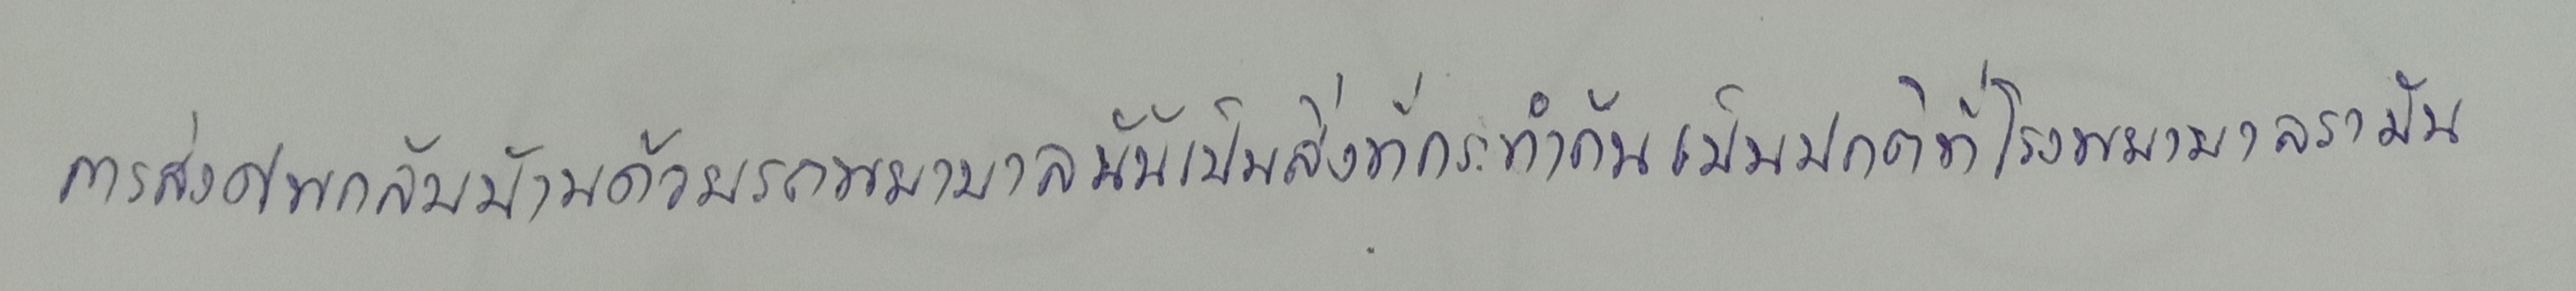
การส่งศพกลับบ้านด้วยรถพยาบาลนั้นเป็นสิ่งที่กระทำกันเป็นปกติที่โรงพยาบาลรามัน